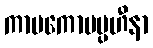
ကာမကောပပ္ပဟီနာ